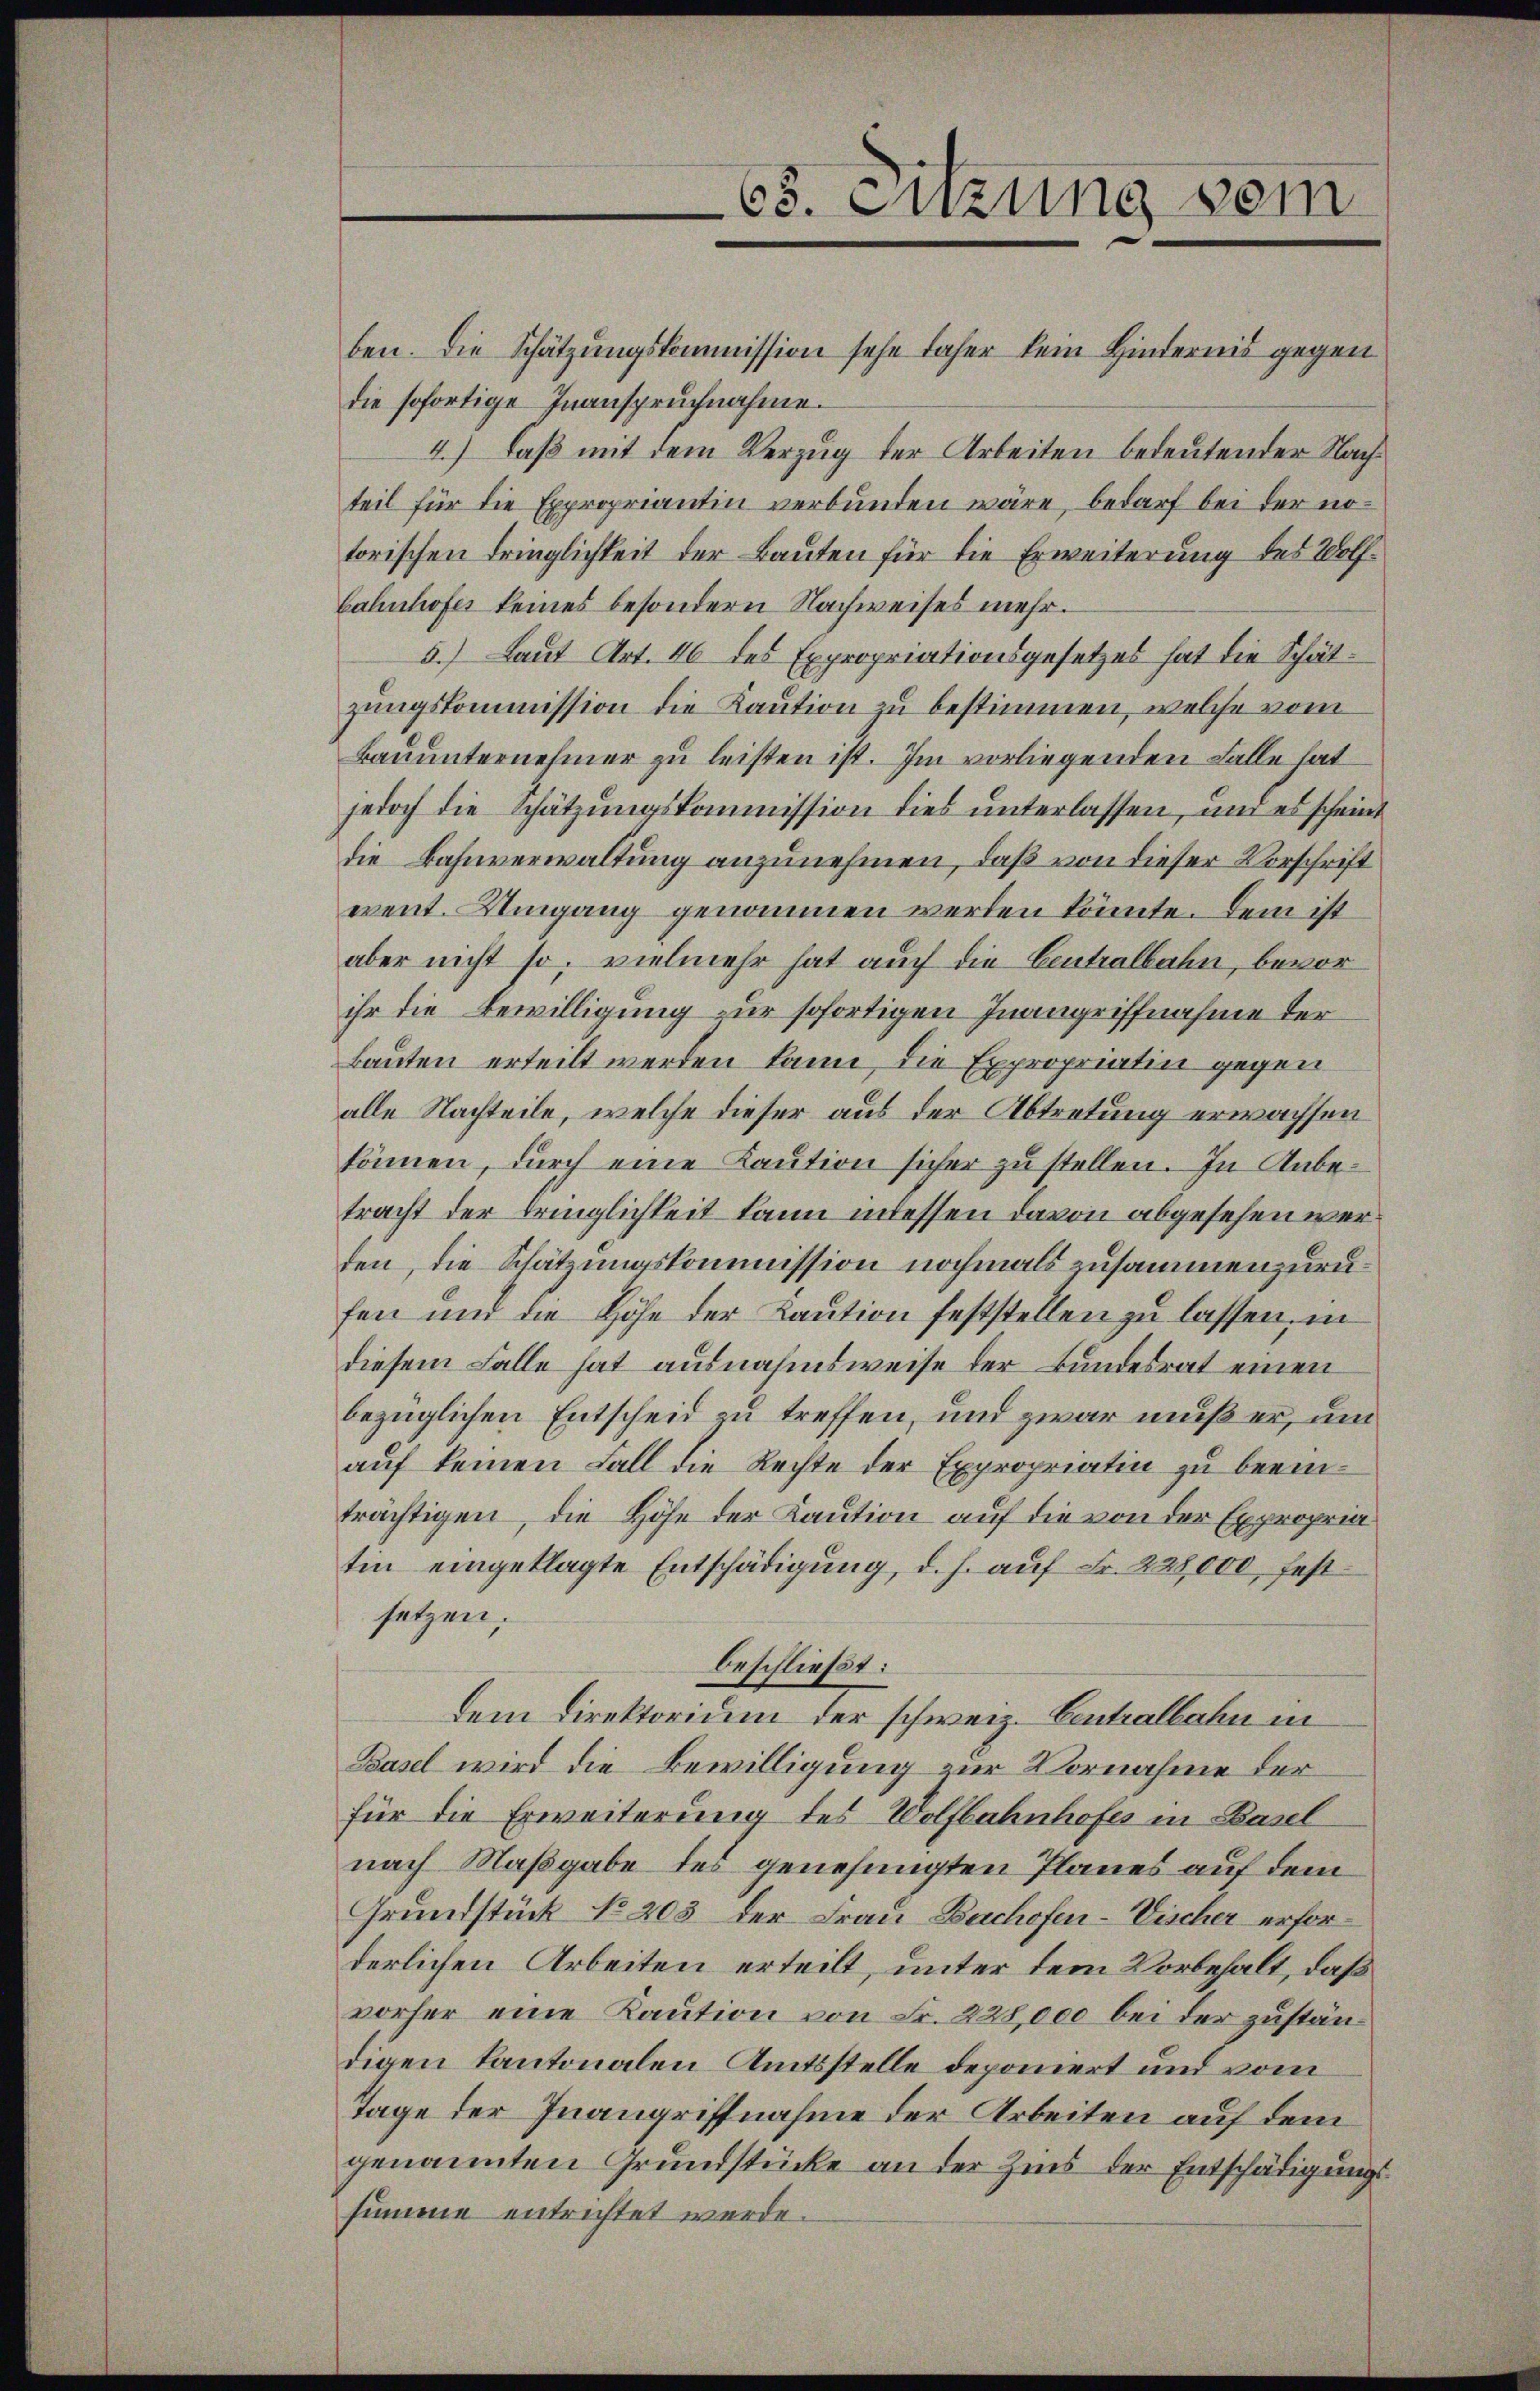
65. Sitzung vom

ben. Die Schätzungskommission sehe daher kein Hindernis gegen
die sofortige Inanspruchnahme.
4.) Daß mit dem Verzug der Arbeiten bedeutender Nachteil für die Expropriantin verbunden wäre, bedarf bei der nötorischen Dringlichkeit der Bauten für die Erweiterung des Wolfbahnhofes keines besondern Nachweises mehr¬
5.) Laut Art. 46 des Expropriationsgesetzes hat die Schätzungskommission die Kaution zu bestimmen, welche vom
Bauunternehmer zu leisten ist. Im vorliegenden Falle hat
jedoch die Schätzŭngskommission dies ŭnterlassen, um es scheine
die Bahnverwaltung anzunehmen, daß von dieser Vorschrift
event. Umgang genommen werden könnte. Dem ist
aber nicht so vielmehr hat auch die Centralbahn, bevor
ihr die Bewilligung zur sofortigen Inangriffnahme der¬
Bauten erteilt werden kann, die Expropriatin gegen
alle Nachteile, welche dieser aus der Abtretung erwachsen
können, durch eine Kaŭtion sicher zu stellen. In Anbetracht der Dringlichkeit kann indessen davon abgesehen werden, die Schätzungskommission nochmals zusammenzurufen und die Höhe der Kaŭtion feststellen zu lassen, in
diesem Falle hat ausnahmsweise der Bundesrat einen
bezüglichen Entscheid zu treffen, und zwar muß er, um
auf keinen Fall die Rechte der Expropriatin zu beeinträchtigen, die Höhe der Kaution auf die von der Expropria
tin eingeklagte Entschädigung, d. h. auf Fr. 228,000 fest
setzen.
beschließt:
dem Direktorium der schweiz. Centralbahn in
Basel wird die Bewilligung zur Vornahme der
für die Erweiterung des Wolfbahnhofes in Basel
nach Maßgabe des genehmigten Planes auf dem
Grundstück No 203 der Frau Bachofen-Vischer erforderlichen Arbeiten erteilt, unter dem Vorbehalt, daß
vorher eine Kaution von Fr. 228,000 bei der zuständigen Kantonalen Amtsstelle deponiert und vom
tage der Inangriffnahme der Arbeiten auf dem
genannten Grundstücke an der Zins der Entschädigungssumme entrichtet werde.